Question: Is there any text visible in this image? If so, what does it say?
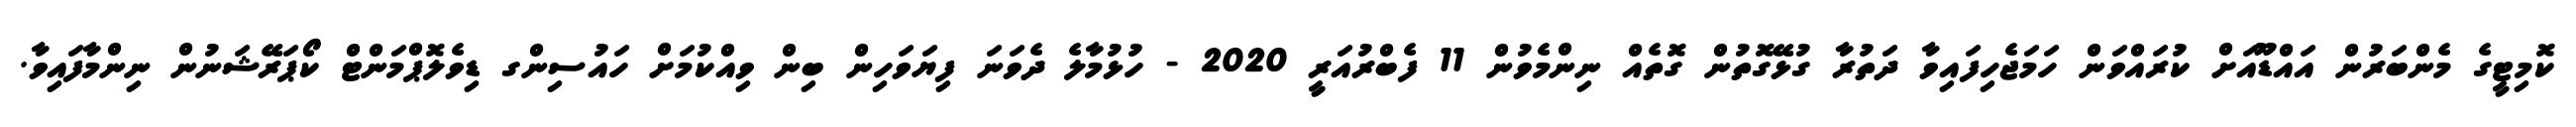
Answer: ކޮމިޓީގެ މެންބަރުން އައްޑޫއަށް ކުރައްވަން ހަމަޖެހިފައިވާ ދަތުރާ ގުޅޭގޮތުން ގޮތެއް ނިންމެވުން 11 ފެބްރުއަރީ 2020 - ހުޅުމާލެ ދެވަނަ ފިޔަވަހިން ބިން ވިއްކުމަށް ހައުސިންގ ޑިވެލޮޕްމަންޓް ކޯޕަރޭޝަނުން ނިންމާފައިވާ.